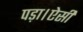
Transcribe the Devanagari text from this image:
पड़ा।ऐसी